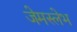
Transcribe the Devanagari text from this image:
जेमस्लेभ